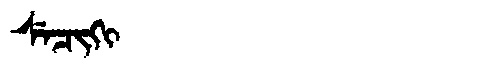
Manchu: ᠰᡝᠴᡳᡴᡳ
Romanization: SECIKI